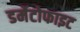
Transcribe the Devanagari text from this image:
डर्मेटोफाइट